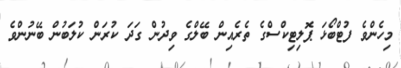
މިހެންވެ ފުޓްބޯޅަ ޕޮލިޓިކްސްގެ ތެރެއިން ބޭލްގެ ވިދުން ގަދަ ކުރަން ކުލަބުން ބޭނުންވެ